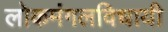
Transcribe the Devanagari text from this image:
लोकमंगलविधायी